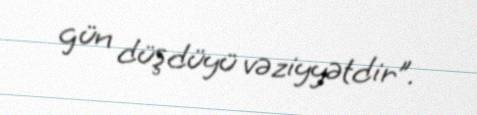
gün düşdüyü vəziyyətdir”.